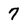
Character: 7